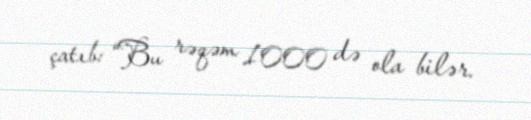
çatıb: “Bu rəqəm 1000 də ola bilər.